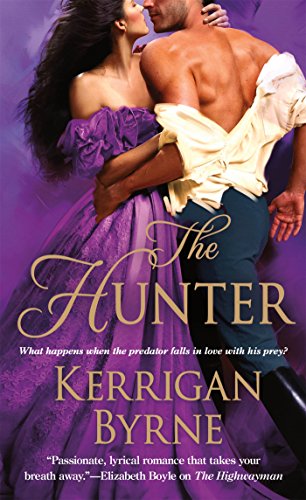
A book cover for The Hunter; Kerrigan Byrne; Romance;